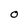
Character: O